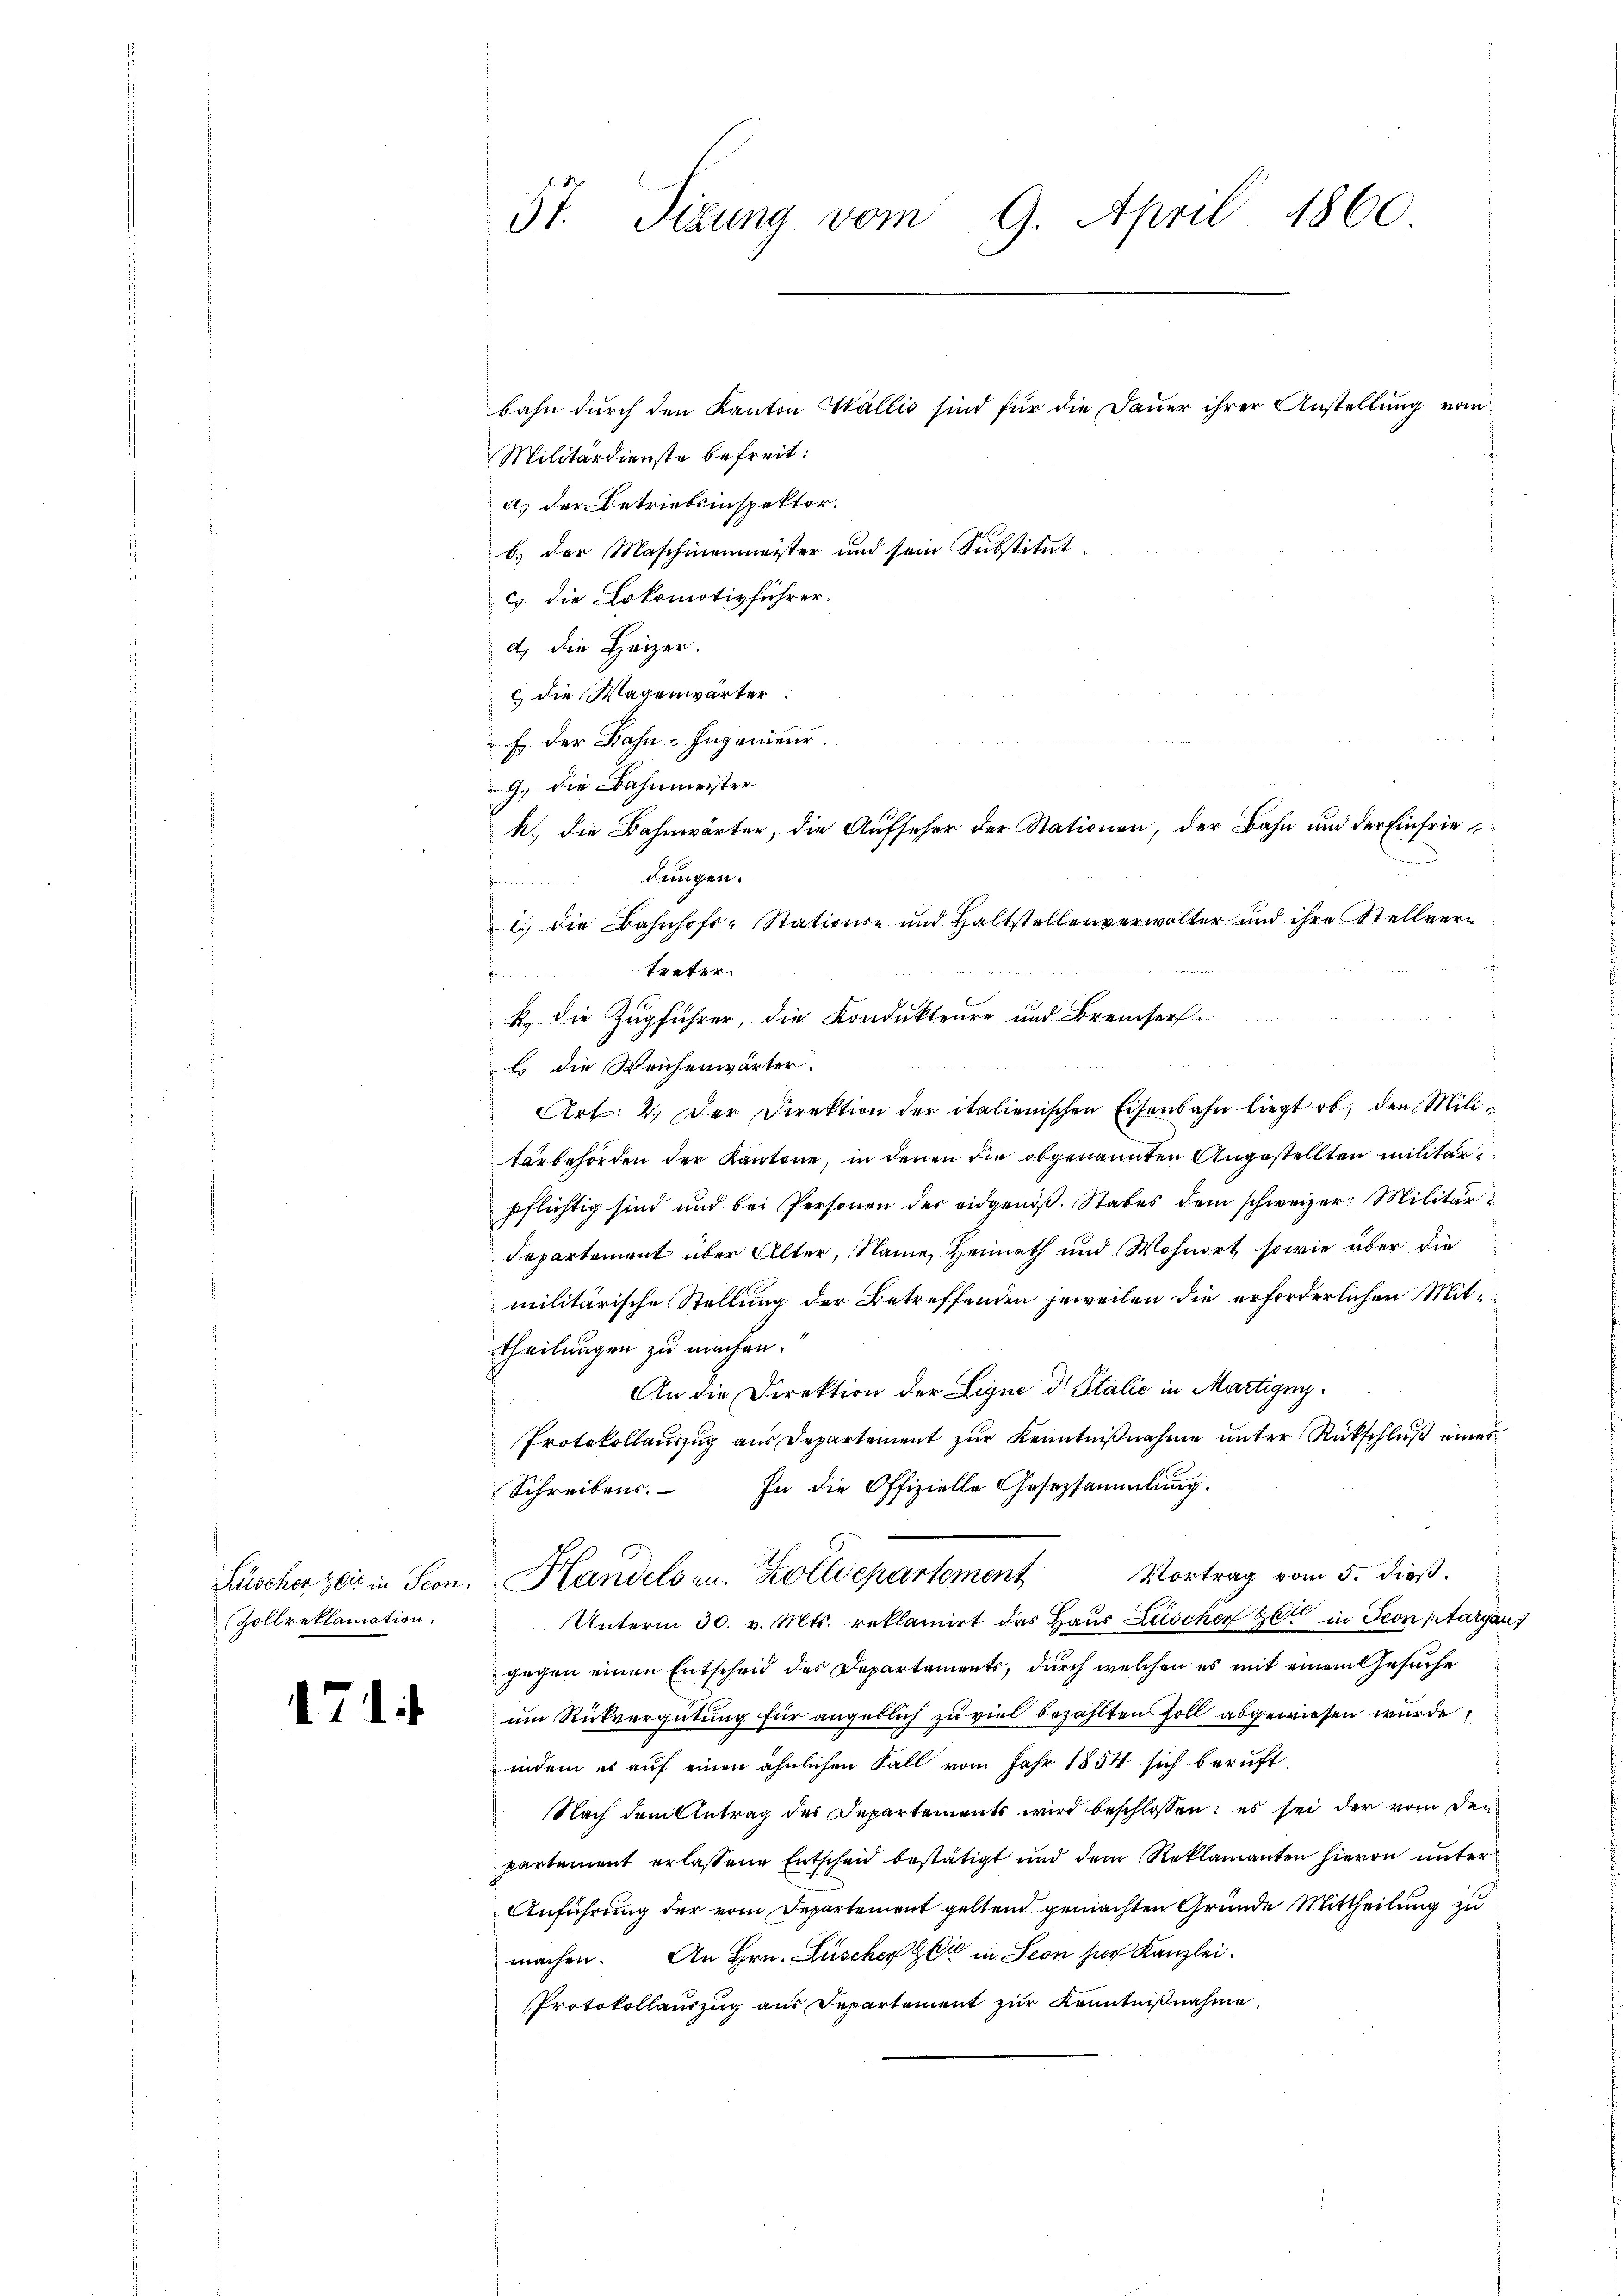
Zollreklamation,

174

bahn durch den Kanton Wallis sind für die Dauer ihrer Anstellung vom
Militärdienste befreit:
a) der Betriebsinspektor.
b.) der Maschinenmeister und sein Substitut
c die Lokomotivführer.
d) die Heizer.
c die Wagenwärter
E der Bahn-Ingenieur.
G. die Bahnmeister
k., die Bahnwärter, die Aufseher der Stationen, der Bahn und der Einfriedungen.
n
l. die Bahnhofs-Stations- und Haltstellenverwalter und ihre Stellvertreter
k. die Zugführer, die Kondukteure und Breiser-
l die Weichenwärter.
Art: 2. Der Direktion der italienischen Eisenbahn liegt ob, den Militärbehörden der Kantone, in deren die obgenannten Angestellten militär
pflichtig sind und bei Personen der eidgenöß: Stabes dem schweizer: Militär¬
Departement über Alter, Name Heimath und Wohnort, sowie über die
militärische Stellung der Betreffenden jeweilen die erforderlichen Mittheilungen zu machen.
An die Direktion der Ligne dr Stalić in Martige
Protokollauszug aus Departement zur Kenntnißnahme unter Rückschluß einer
In die Offizielle Gesezsammlung.
Schreibens.
Vortrag vom 5. dieß.
Lüscher zeit in Seon, Handelsen. Zolldepartement
Unterm 30. v. Mts. reklamirt das Haus Lüscher gen in Ton Aargaui
gegen einen Entscheid des Departements, durch welchen es mit einem Gesuche
um Rückvergütung für angeblich zu viel bezahlten soll abgewiesen wurde,
indem es auf einen ähnlichen Fall vom Jahr 1854 sich beruft
Nach dem Antrag des Departements wird beschlossen: es sei der vom den
partement erlassene Entscheid bestätigt und dem Reklamanten hievon unter
Anführung der vom Departement geltend gemachten Gründe Mittheilung zu
machen. An Hrn. Lüscher Zeit in Seon hier Kanzlei.
Protokollauszug aus Departement zur Kenntnißnahme,

5t. Sizung vom 9. April 1860